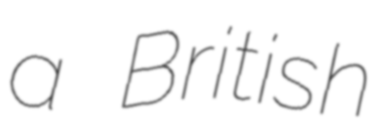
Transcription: a British